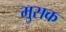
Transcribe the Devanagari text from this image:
मुसक